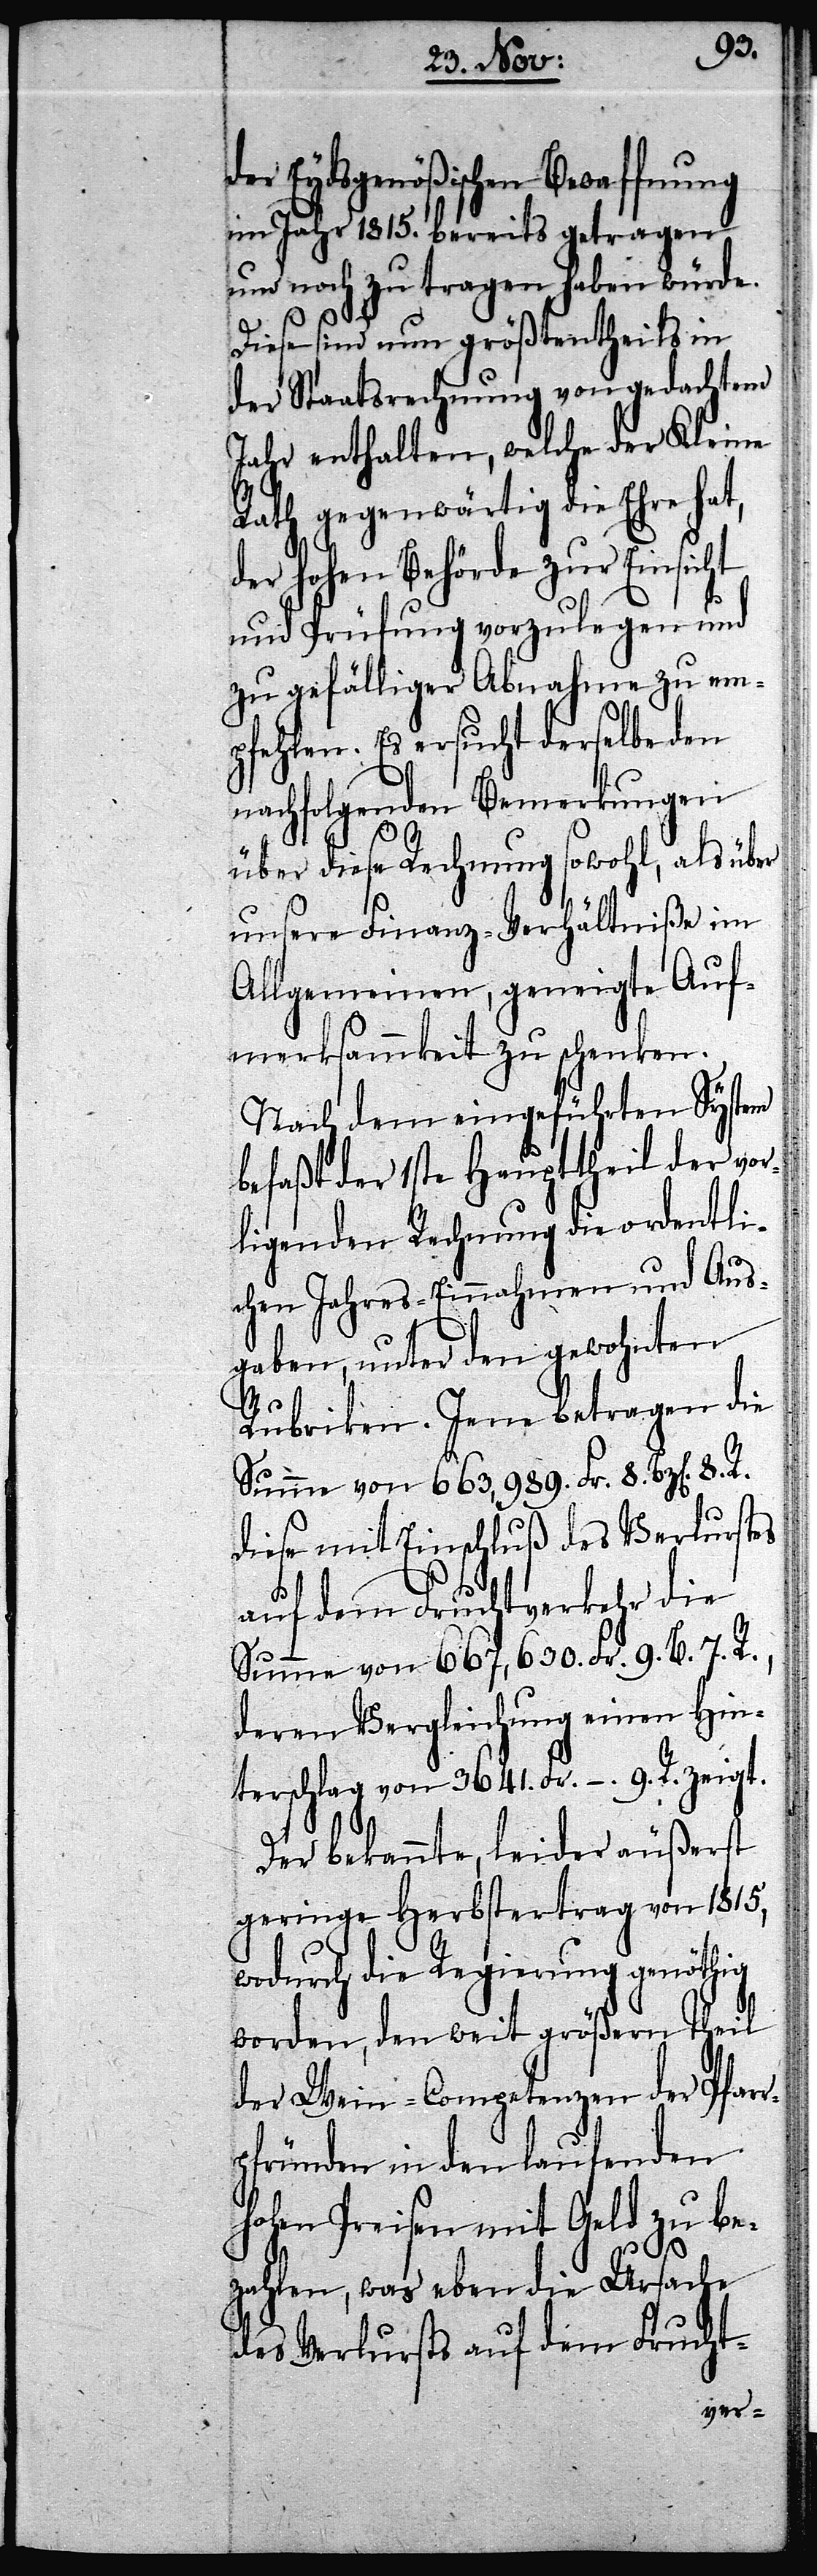
d¬
er Eydsgenößischen Bewaffnung
im Jahr 1815. bereits getragen
und noch zu tragen haben würde.
Diese sind nun größtentheils in
der Staatsrechnung von gedachtem
Jahr enthalten, welche der Kleine
Rath gegenwärtig die Ehre hat,
der Hohen Behörde zur Einsicht
und Prüfung vorzulegen und
zu gefälliger Abnahme zu em¬
pfehlen. Es ersucht derselbe den
nachfolgenden Bemerkungen
über diese Rechnung sowohl, als über
unsere Finanz-Verhältniße im
Allgemeinen, geneigte Auf¬
merksammkeit zu schenken.
Nach dem eingeführten System
befaßt der 1ste Haupttheil der vor¬
ligenden Rechnung die ordentli¬
chen Jahres-Einnahmen und Aus¬
gaben, unter den gewohnten
Rubriken. Jene betragen die
Summe von 663,989. Fr. 8. Bz[en]. 8.
diese mit Einschluß des Verlurstes
auf dem Fruchtverkehr die
Summe von 667,630. Fr. 9. B. 7. R.,
deren Vergleichung einen Hin¬
terschlag von 3641. Fr. – 9. R. zeigt.
Der bekannte, leider äußerst
geringe Herbstertrag von 1815,
wodurch die Regierung genöthig
worden, den weit größern Theil
der Wein-Competenzen der Pfar¬
rpfründen in den laufenden
Hohen Preisen mit Geld zu be¬
zahlen, was eben die Ursache
des Verlurstes auf dem Frucht-